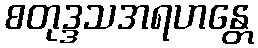
စတုဒ္ဒသအရဟန္တေ